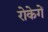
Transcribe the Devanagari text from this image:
रोकेगें